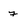
Character: f